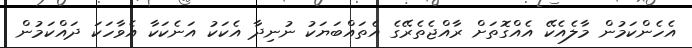
އެހެންކަމުން މާލެއެކޭ އެއްގޮތަށް ރާއްޖެތެރޭގެ އެތައްބަޔަަކު ނުނިދާ އެކަކު އަނެކަކާ އެވާހަކަ ދަައްކަމުން